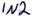
Text: IN2